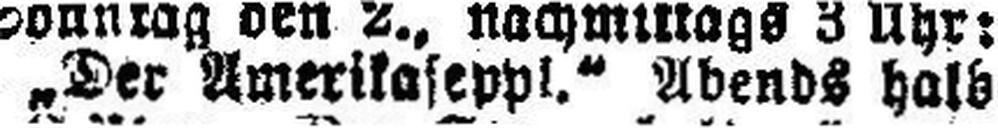
„Der Ameri###eppl.“ Abends hals